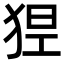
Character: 𤞾